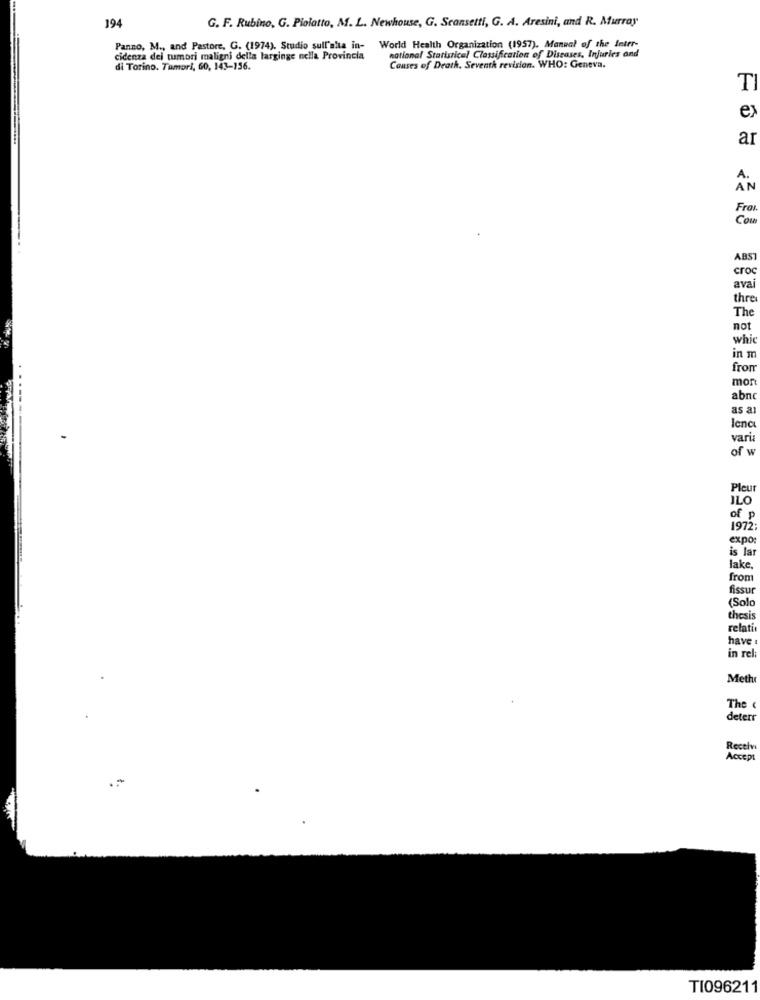
G. F. Rubino, G. Piolatto, M. L. Newhouse, G. Scansetti, G. A. Aresini, and R. Murray
194
Panno, M ., and Pastore, G. (1974). Studio sull'alta in-
World Health Organization (1957). Manual of the Inter-
cidenza dei tumori maligni della larginge nella Provincia
national Statistical Classification of Diseases, Injuries and
di Torino. Tumori, 60, 143-156.
Causes of Death. Seventh revision. WHO: Geneva.
TI
ex
ar
Fra
Com
ABST
croc
avai
thre
The
not
whic
in m
from
mon
abnc
as a
lenc
vari
of w
Pleur
ILO
of p
1972:
expo
is lar
lake,
from
fissu
(Solo
thesis
relati
have
in rel
Meth
The &
deterr
Receiv
Accept
TI096211